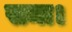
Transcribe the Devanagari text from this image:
समा।